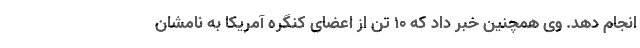
انجام دهد. وی همچنین خبر داد که ۱۰ تن از اعضای کنگره آمریکا به نامشان